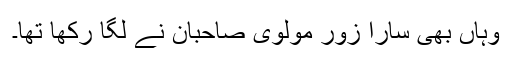
وہاں بھی سارا زور مولوی صاحبان نے لگا رکھا تھا۔